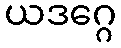
ယဒဂ္ဂေ